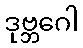
ဒုဗ္ဘဂေါ